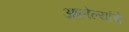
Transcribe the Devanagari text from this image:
आलेल्यांचे